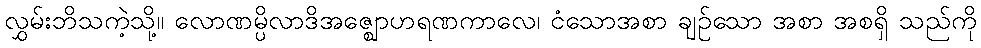
လွှမ်းဘိသကဲ့သို့။ လောဏမ္ပိလာဒိအဇ္ဈောဟရဏကာလေ၊ ငံသောအစာ ချဉ်သော အစာ အစရှိ သည်ကို